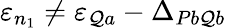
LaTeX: \varepsilon_{n_{1}}\neq\varepsilon_{\mathcal{Q}a}-\Delta_{Pb\mathcal{Q}b}